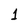
Character: 1